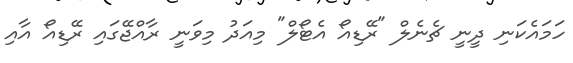
ހަމައެކަނި ދީނީ ޗެނެލް "ރޭޑިއޯ އެޓޯލް" މިއަދު މިވަނީ ރާއްޖޭގައި ރޭޑިއޯ އާއި